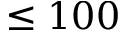
\leq 1 0 0